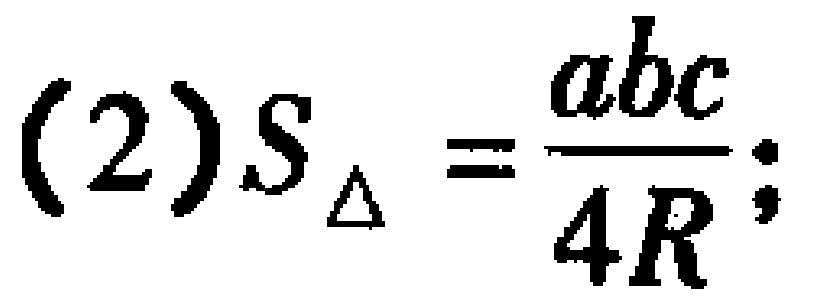
(2)$S_{\triangle}=\frac{abc}{4R};$